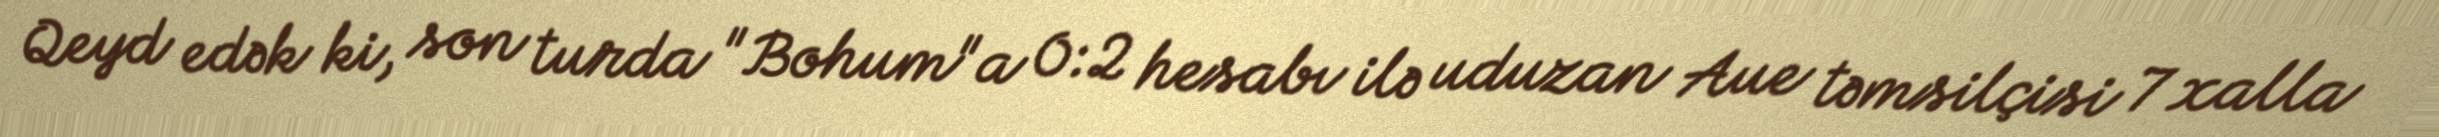
Qeyd edək ki, son turda "Bohum"a 0:2 hesabı ilə uduzan Aue təmsilçisi 7 xalla